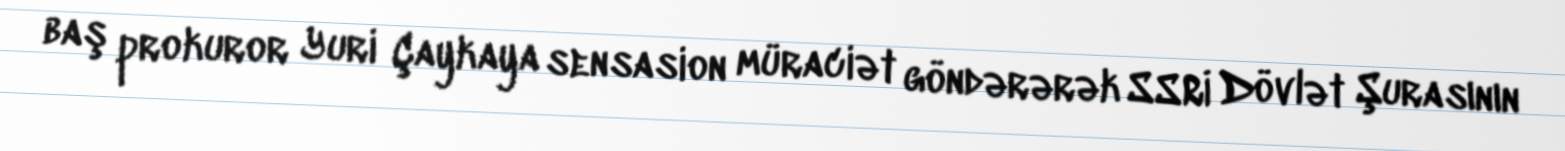
baş prokuror Yuri Çaykaya sensasion müraciət göndərərək SSRİ Dövlət Şurasının